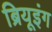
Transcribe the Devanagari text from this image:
ब्रियूइंग